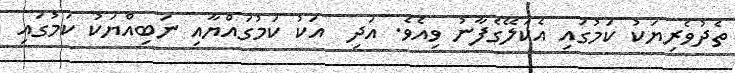
ތެދުވެރިޔަކު ކަމުގައި އެކަލޭގެފާނު ވިއެވެ. އަދި  އަކު ކަމުގައްޔާއި ނަބިއްޔަކު ކަމުގައި